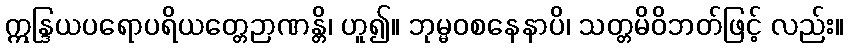
ဣန္ဒြယပရောပရိယတ္တေဉာဏန္တိ၊ ဟူ၍။ ဘုမ္မဝစနေနာပိ၊ သတ္တမိဝိဘတ်ဖြင့် လည်း။